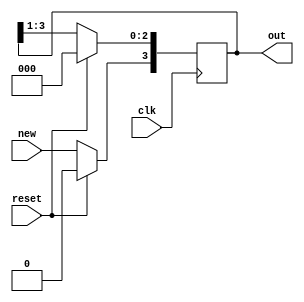
`timescale 1ns / 1ps
//////////////////////////////////////////////////////////////////////////////////
// Company: 
// Engineer: 
// 
// Design Name: 
// Module Name: shift4b
// Project Name: 
// Target Devices: 
// Tool Versions: 
// Description: 
// 
// Dependencies: 
// 
// Revision:
// Revision 0.01 - File Created
// Additional Comments:
// 
//////////////////////////////////////////////////////////////////////////////////


module shift4b(new, clk, out, reset);
  
input new; 
input clk;
input reset;

output[3:0] out;
reg[3:0] out;
    
   initial out = 0;
    
 always @(posedge clk) 
 begin
    if (reset == 1)
        out = 0;
    else begin
        out = (out >> 1);
        out[3] = new; 
     end
end
         
         
endmodule